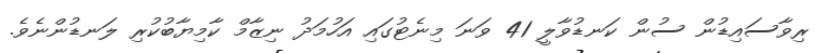
ރިވާސައިޑުން ސުން ކަނޑުވާލީ 41 ވަނަ މިނެޓުގައި އަހުމަދު ނިޒާމް ކާމިޔާބުކުރި ލަނޑުންނެވެ.